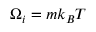
\Omega _ { i } = m k _ { B } T